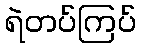
ရဲတပ်ကြပ်